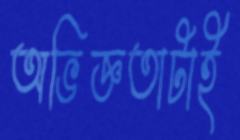
অভিজ্ঞতাটাই